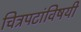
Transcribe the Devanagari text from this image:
चित्रपटांविषयी